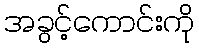
အခွင့်ကောင်းကို